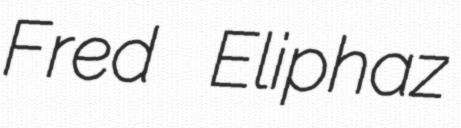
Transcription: Fred Eliphaz